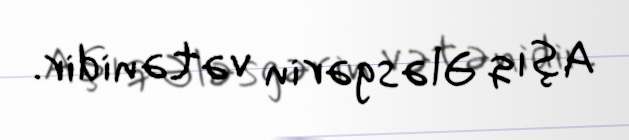
Aşıq Ələsgərin vətənidir.